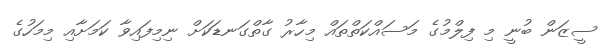
ސީޒަން ބުނީ މި ފިލްމުގެ މަސައްކަތްތައް މިހާރު ގާތްގަނޑަކަށް ނިމިފައިވާ ކަމަށާއި މިމަހުގެ